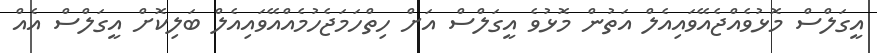
އީގަލްސް މޮޅުވެއްޖެއޭވައިއެލް އަތުން މޮޅުވެ އީގަލްސް އަށް ހިތްހަމަޖެހުމެއްއޭވައިއެލް ބަލިކޮށް އީގަލްސް އެއް